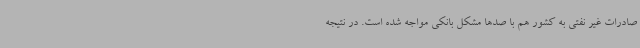
صادرات غیر نفتی به کشور هم با صدها مشکل بانکی مواجه شده است. در نتیجه